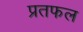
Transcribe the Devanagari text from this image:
प्रतफल